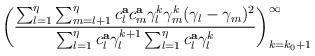
LaTeX: \begin{align*} \biggr(\frac{\sum_{l=1}^\eta\sum_{m=l+1}^\eta c^{\bf a}_lc^{\bf a}_m\gamma^k_l\gamma^k_m(\gamma_l-\gamma_m)^2}{\sum_{l=1}^\eta c^{\bf a}_l\gamma_l^{k+1}\sum_{l=1}^\eta c^{\bf a}_l\gamma_l^k}\biggr)^\infty_{k=k_0+1}\end{align*}